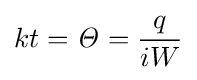
kt={\mathit {\Theta }}={\frac {q}{iW}}